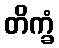
တိက္ခံ